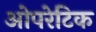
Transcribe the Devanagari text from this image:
ओपरेटिक